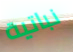
نباتية